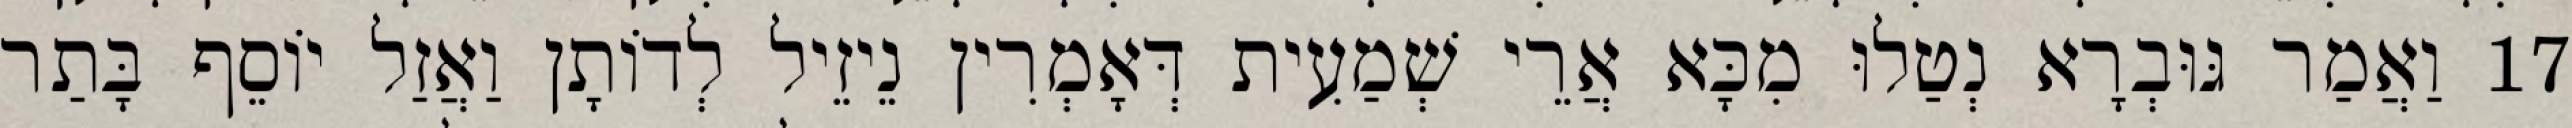
17 וַאֲמַר גּוּבְרָא נְטַלוּ מִכָּא אֲרֵי שְׁמַעִית דְּאָמְרִין נֵיזֵיל לְדוֹתָן וַאֲזַל יוֹסֵף בָּתַר